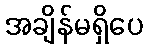
အချိန်မရှိပေ